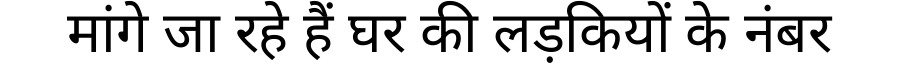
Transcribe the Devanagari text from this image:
मांगे जा रहे हैं घर की लड़कियों के नंबर